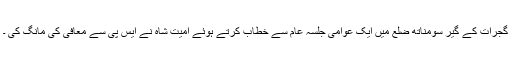
گجرات کے گیر سومناتھ ضلع میں ایک عوامی جلسہ عام سے خطاب کرتے ہوئے امیت شاہ نے ایس پی سے معافی کی مانگ کی ۔